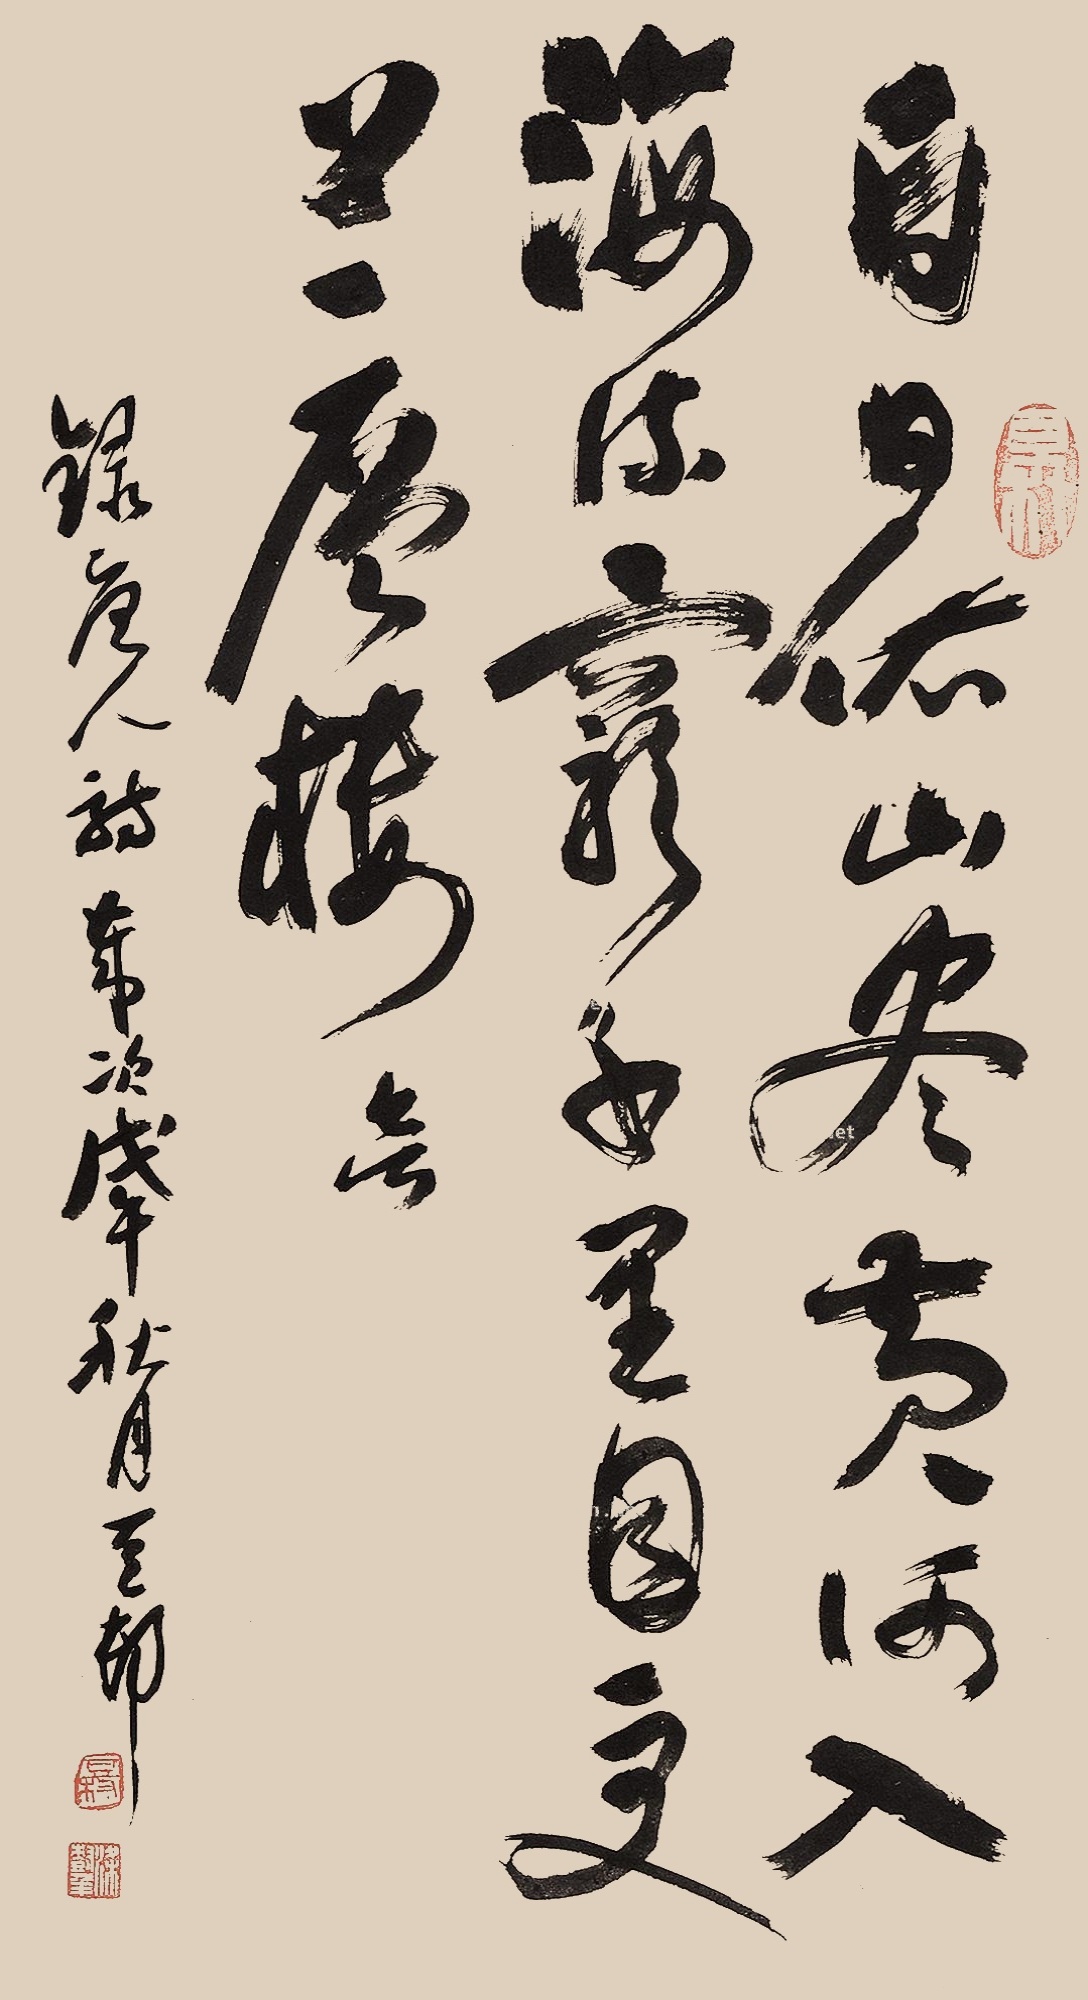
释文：白日依山尽，黄河入海流。欲穷千里目，更上一层楼。录唐人诗，岁次戊午秋月，豆村。